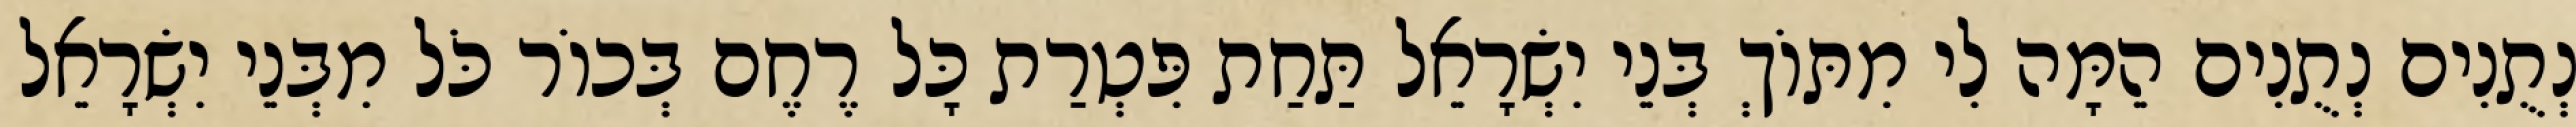
נְתֻנִים נְתֻנִים הֵמָּה לִי מִתּוֹךְ בְּנֵי יִשְׂרָאֵל תַּחַת פִּטְרַת כָּל רֶחֶם בְּכוֹר כֹּל מִבְּנֵי יִשְׂרָאֵל